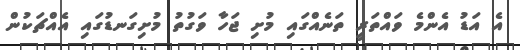
އެ އަޑު އެންމެ ވައްތަރީ ތަނެއްގައި މުށި ޖަހާ ވަގުތު މުށިގަނޑުގައި އެއްޗަކުން